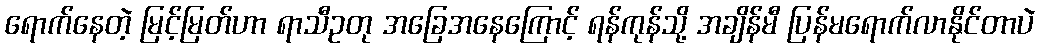
ရောက်နေတဲ့ မြင့်မြတ်ဟာ ရာသီဥတု အခြေအနေကြောင့် ရန်ကုန်သို့ အချိန်မီ ပြန်မရောက်လာနိုင်တာပဲ